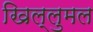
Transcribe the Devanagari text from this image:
खिल्लुमल